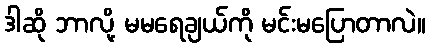
ဒါဆို ဘာလို့ မမရေချယ်ကို မင်းမပြောတာလဲ။